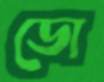
ডো